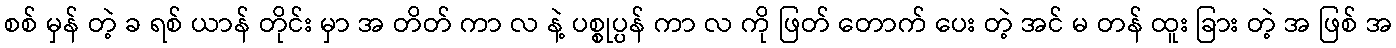
စစ် မှန် တဲ့ ခ ရစ် ယာန် တိုင်း မှာ အ တိတ် ကာ လ နဲ့ ပစ္စုပ္ပန် ကာ လ ကို ဖြတ် တောက် ပေး တဲ့ အင် မ တန် ထူး ခြား တဲ့ အ ဖြစ် အ